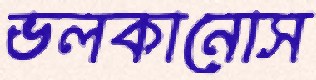
ভলকানোস